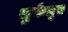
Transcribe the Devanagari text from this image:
चुकेतून